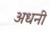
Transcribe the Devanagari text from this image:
अधनी